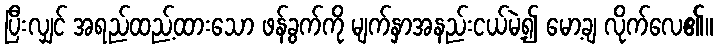
ပြီးလျှင် အရည်ထည့်ထားသော ဖန်ခွက်ကို မျက်နှာအနည်းငယ်မဲ့၍ မော့ချ လိုက်လေ၏။